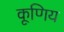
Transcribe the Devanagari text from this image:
कूणिय